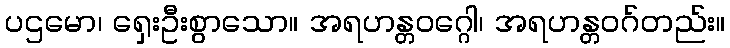
ပဌမော၊ ရှေးဦးစွာသော။ အရဟန္တဝဂ္ဂေါ၊ အရဟန္တဝဂ်တည်း။